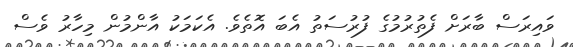
ވައިރަސް ބާރަށް ފެތުރުމުގެ ފުރުސަތު އެބަ އޮތެވެ. އެކަމަކު އާންމުން މިހާރު ވެސް